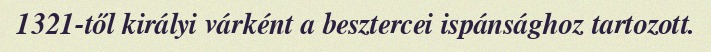
1321-től királyi várként a besztercei ispánsághoz tartozott.